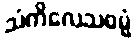
သံကိလေသဓမ္မံ